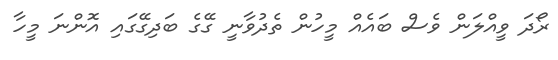
ރޯދަ ވީއްލަން ވެސް ބައެއް މީހުން ތެދުވާނީ ގޭގެ ބަދިގޭގައި އޮންނަ މީހާ